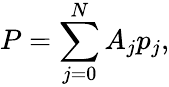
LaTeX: P=\sum_{j=0}^{N}A_{j}p_{j},